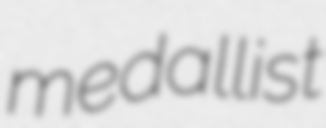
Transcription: medallist